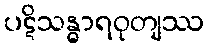
ပဋိသန္ဓာရဝုတျဿ